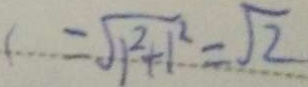
= \sqrt { 1 ^ { 2 } + 1 ^ { 2 } } = \sqrt { 2 }